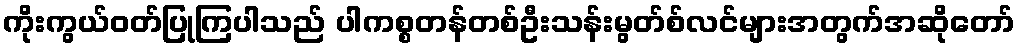
ကိုးကွယ်ဝတ်ပြုကြပါသည် ပါကစ္စတန်တစ်ဦးသန်းမွတ်စ်လင်များအတွက်အဆိုတော်